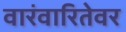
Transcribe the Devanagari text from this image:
वारंवारितेवर